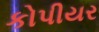
કોપીયર